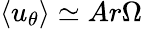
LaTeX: \langle u_{\theta}\rangle\simeq Ar\Omega